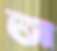
আ